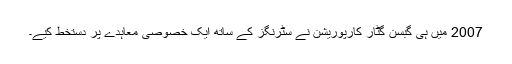
2007 میں ہی گبسن گٹار کارپوریشن نے سٹرنگز کے ساتھ ایک خصوصی معاہدے پر دستخط کیے۔